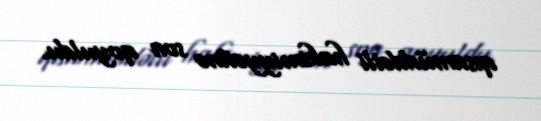
qısamüddətli hakimiyyətinə son qoyuldu.